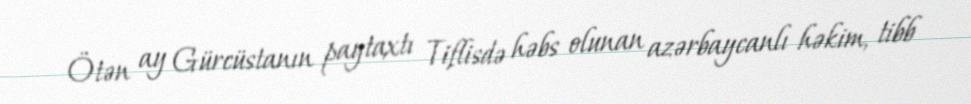
Ötən ay Gürcüstanın paytaxtı Tiflisdə həbs olunan azərbaycanlı həkim, tibb